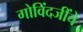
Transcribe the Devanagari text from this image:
गोविंदजींचे